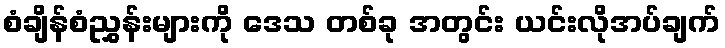
စံချိန်စံညွှန်းများကို ဒေသ တစ်ခု အတွင်း ယင်းလိုအပ်ချက်